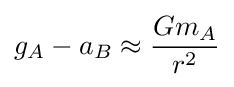
g_{A}-a_{B}\approx {\frac {Gm_{A}}{r^{2}}}